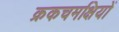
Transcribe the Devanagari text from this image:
क्रकचमक्षियों